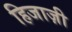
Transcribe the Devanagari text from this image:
हिजाज़ी